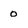
Character: 0